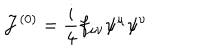
LaTeX: { \cal J } ^ { ( 0 ) } = \frac i 4 f _ { \mu \nu } \psi ^ { \mu } \psi ^ { \nu }